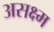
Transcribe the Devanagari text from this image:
असक्ष्म